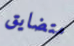
متضايق